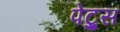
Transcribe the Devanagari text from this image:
पेट्रुस